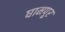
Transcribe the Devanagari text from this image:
घामपूर